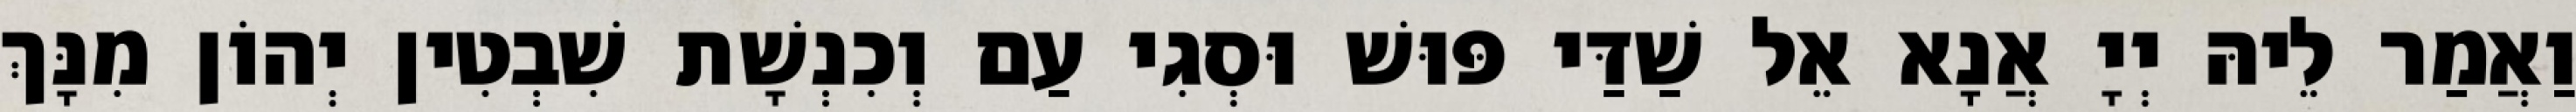
וַאֲמַר לֵיהּ יְיָ אֲנָא אֵל שַׁדַּי פּוּשׁ וּסְגִי עַם וְכִנְשָׁת שִׁבְטִין יְהוֹן מִנָּךְ